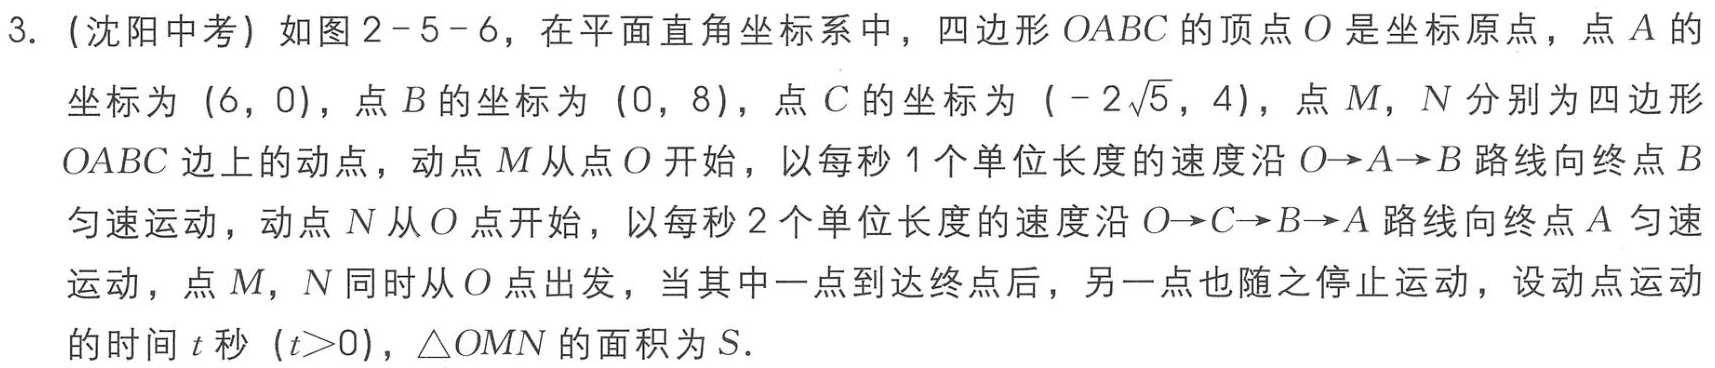
3. (沈阳中考) 如图2 - 5 - 6，在平面直角坐标系中，四边形\(OABC\)的顶点\(O\)是坐标原点，点\(A\)的坐标为\((6,0)\)，点\(B\)的坐标为\((0,8)\)，点\(C\)的坐标为\((-2\sqrt{5},4)\)，点\(M\)，\(N\)分别为四边形\(OABC\)边上的动点，动点\(M\)从点\(O\)开始，以每秒\(1\)个单位长度的速度沿\(O\rightarrow A\rightarrow B\)路线向终点\(B\)匀速运动，动点\(N\)从\(O\)点开始，以每秒\(2\)个单位长度的速度沿\(O\rightarrow C\rightarrow B\rightarrow A\)路线向终点\(A\)匀速运动，点\(M\)，\(N\)同时从\(O\)点出发，当其中一点到达终点后，另一点也随之停止运动，设动点运动的时间\(t\)秒\((t > 0)\)，\(\triangle  OMN\)的面积为\(S\).